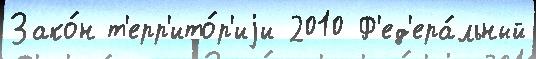
Зако́н т'ерр'ито́р'иjи 2010 Ф'ед'ера́льный